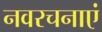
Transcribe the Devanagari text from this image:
नवरचनाएं